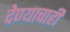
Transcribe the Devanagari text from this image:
देण्याचाही